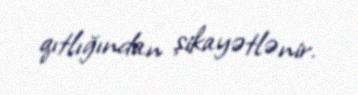
qıtlığından şikayətlənir.